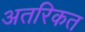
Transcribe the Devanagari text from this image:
अतरिकत